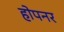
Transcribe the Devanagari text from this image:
होपनर